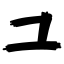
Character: ユ